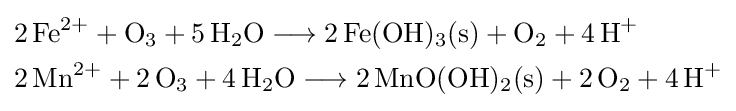
{\begin{aligned}&{2\,\mathrm {Fe} {\vphantom {A}}^{2+}{}+{}\mathrm {O} {\vphantom {A}}_{\smash[{t}]{3}}{}+{}5\,\mathrm {H} {\vphantom {A}}_{\smash[{t}]{2}}\mathrm {O} {}\mathrel {\longrightarrow } {}2\,\mathrm {Fe} (\mathrm {OH} ){\vphantom {A}}_{\smash[{t}]{3}}{\text{(s)}}{}+{}\mathrm {O} {\vphantom {A}}_{\smash[{t}]{2}}{}+{}4\,\mathrm {H} {\vphantom {A}}^{+}}\\&{2\,\mathrm {Mn} {\vphantom {A}}^{2+}{}+{}2\,\mathrm {O} {\vphantom {A}}_{\smash[{t}]{3}}{}+{}4\,\mathrm {H} {\vphantom {A}}_{\smash[{t}]{2}}\mathrm {O} {}\mathrel {\longrightarrow } {}2\,\mathrm {MnO} (\mathrm {OH} ){\vphantom {A}}_{\smash[{t}]{2}}{\text{(s)}}{}+{}2\,\mathrm {O} {\vphantom {A}}_{\smash[{t}]{2}}{}+{}4\,\mathrm {H} {\vphantom {A}}^{+}}\end{aligned}}